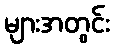
များအတွင်း